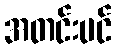
အတင်းပင်